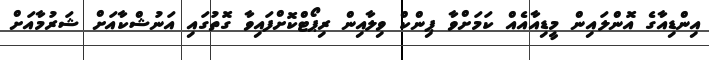
އިންޑިއާގެ އޮންލައިން މީޑިއާއެއް ކަމަށްވާ ޕިންކް ވިލާއިން ރިޕޯޓްކޮށްފައިވާ ގޮތުގައި އަނުޝްކާއަށް ޝަރުމާއަށް